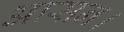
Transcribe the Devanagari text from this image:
आसन।